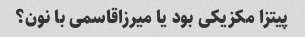
پیتزا مکزیکی بود یا میرزاقاسمی با نون؟